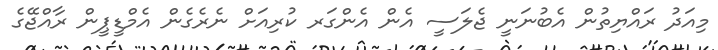
މިއަދު ރައްޔިތުން އެބުނަނީ ޖެލަސީ އެން އެންގަރ ކުރިއަށް ނެރެގެން އެމްޑީޕީން ރާއްޖޭގެ